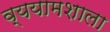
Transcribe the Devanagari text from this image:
व्ययामशाला